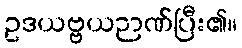
ဥဒယဗ္ဗယဉာဏ်ပြီး၏။